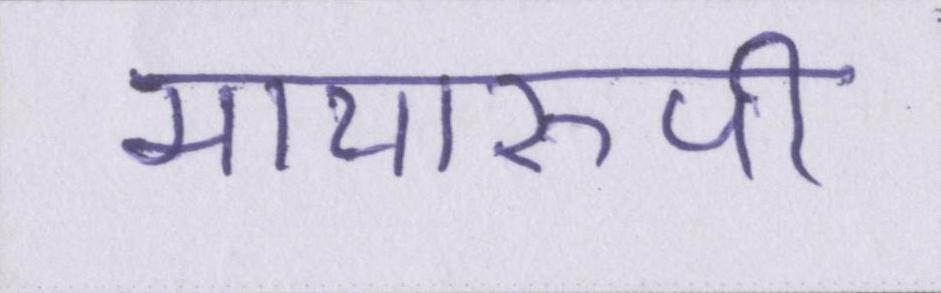
मायारुपी